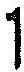
1